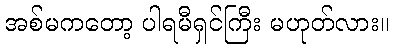
အစ်မကတော့ ပါရမီရှင်ကြီး မဟုတ်လား။